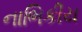
નાભિકીય